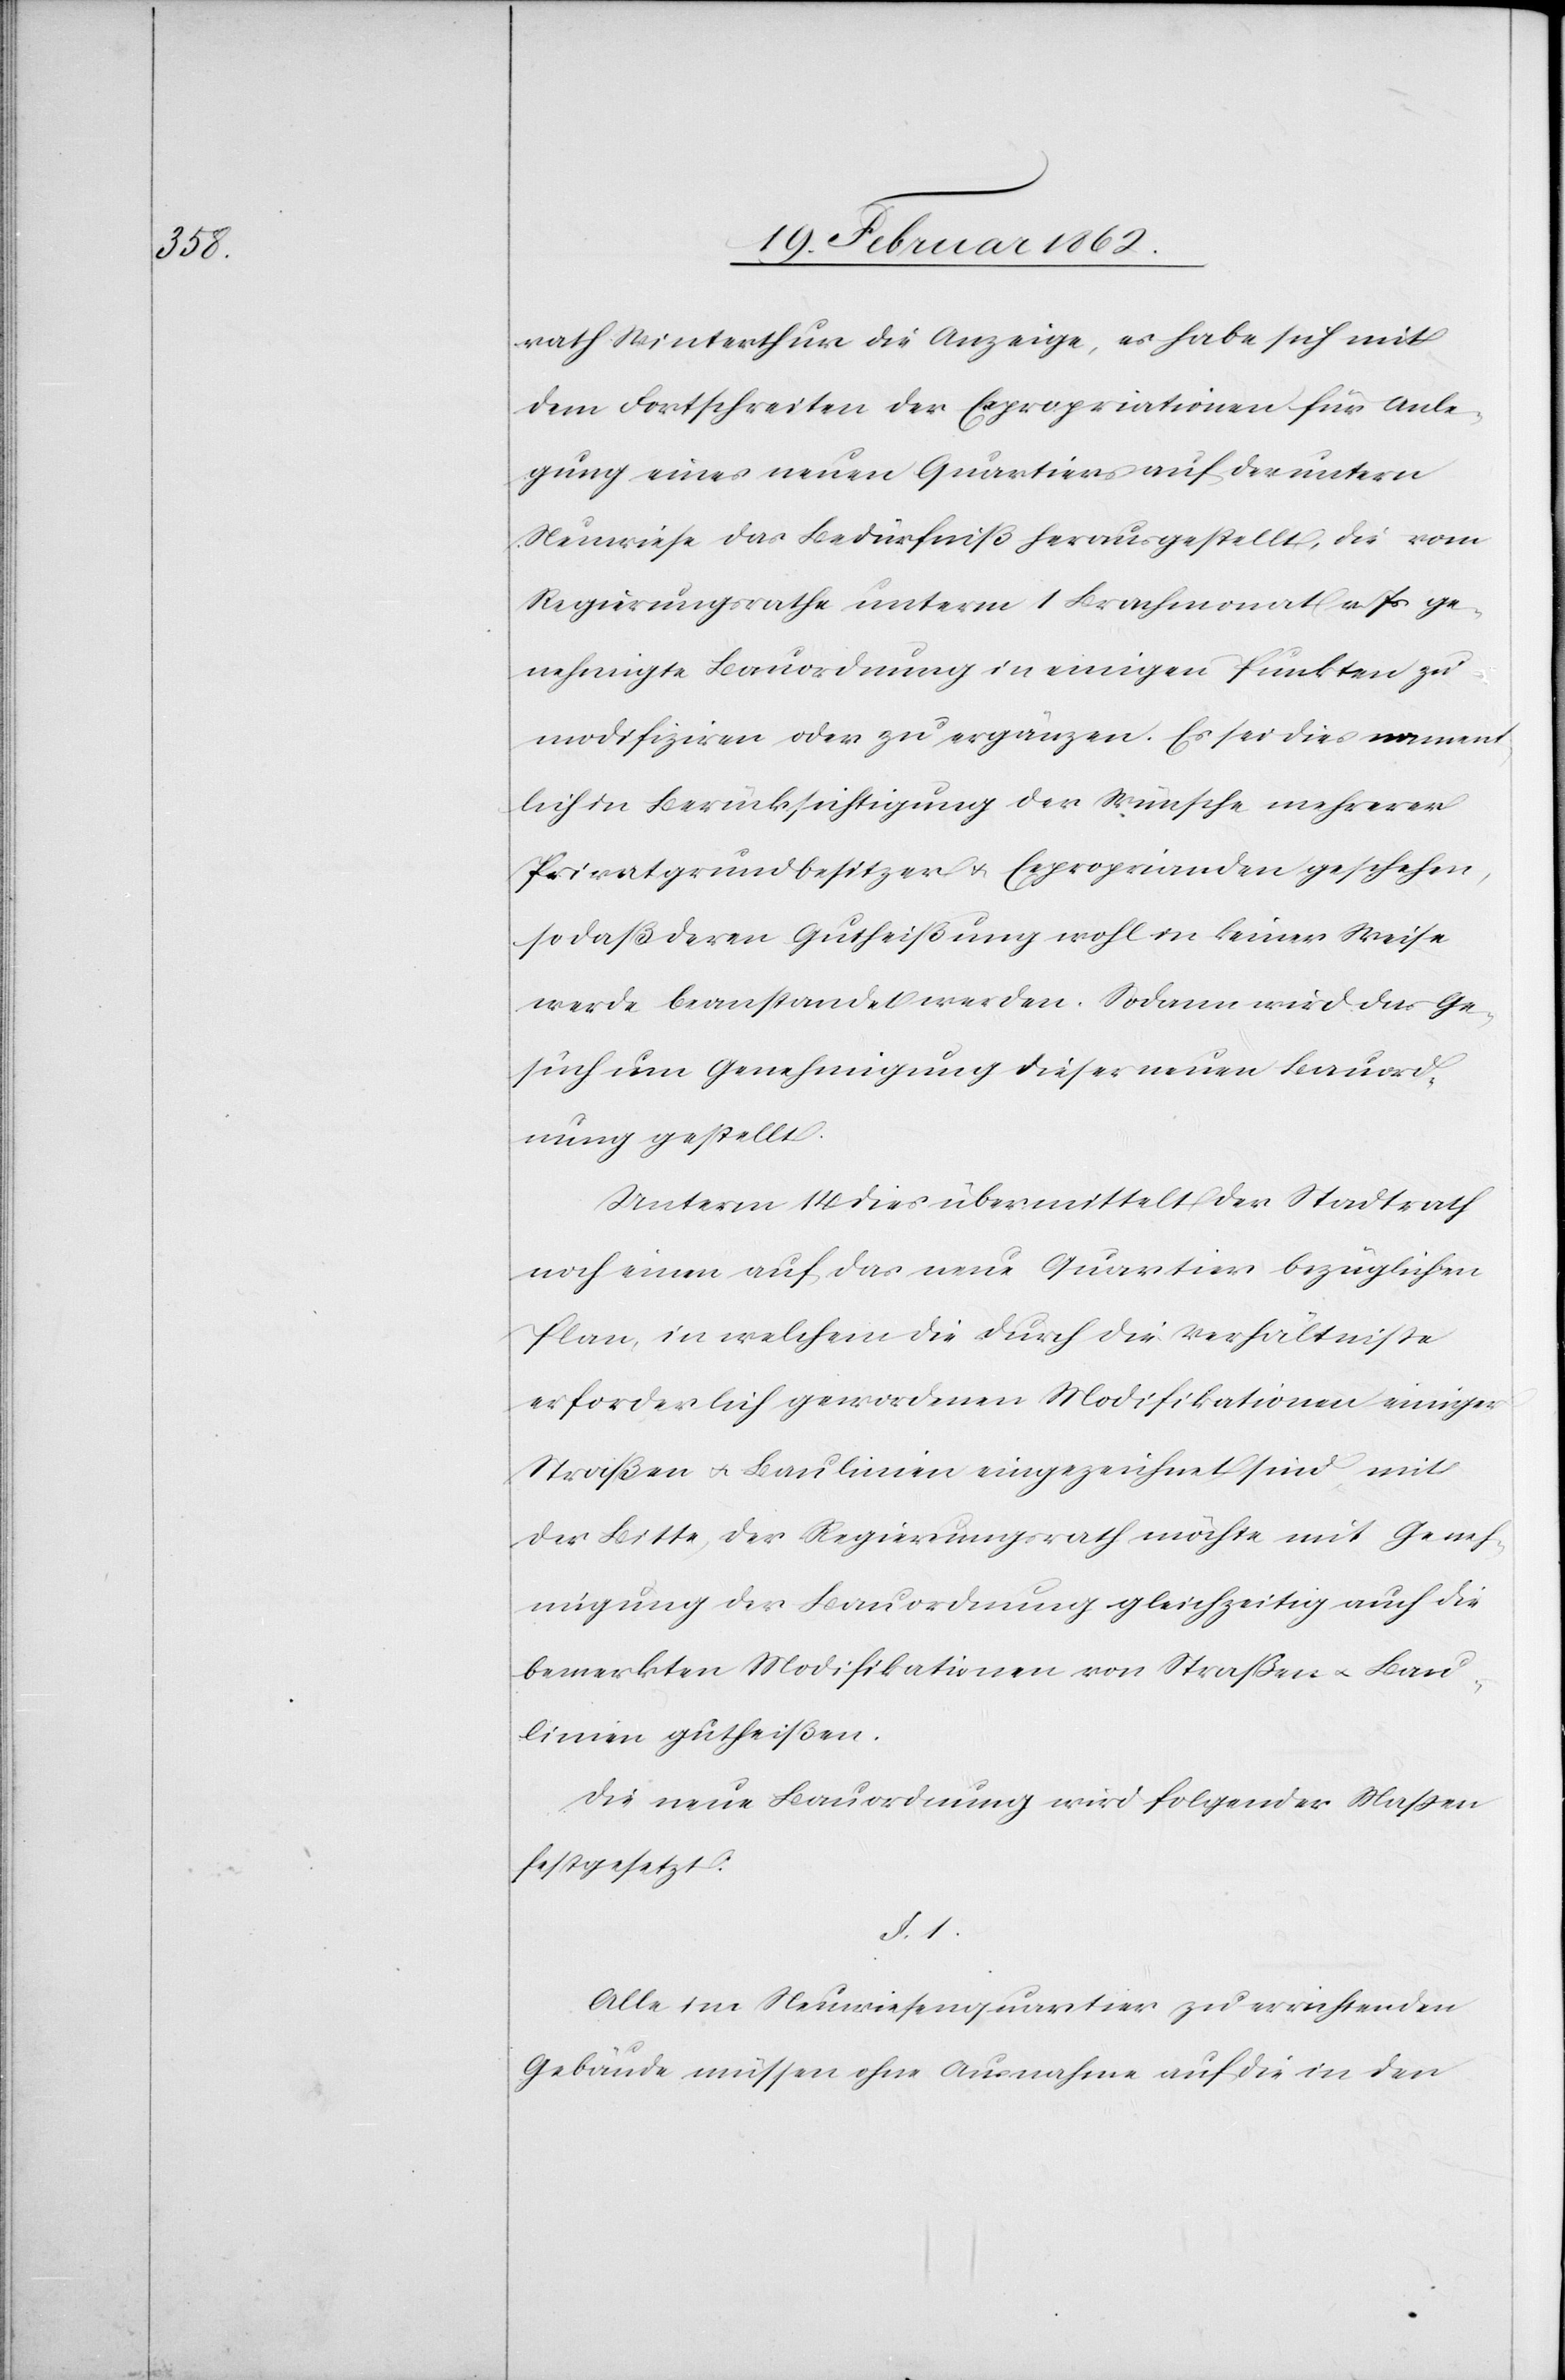
rath Winterthur die Anzeige, es habe sich mit
dem Fortschreiten der Expropriationen für Anle¬
gung eines neuen Quartiers auf der untern
Neuwiese das Befürfniß herausgestellt, die vom
Regierungsrathe unterm 1 Brachmonat v Js ge¬
nehmigte Bauordnung in einigen Punkten zu
modifiziren oder zu ergänzen. Es sei dies nament¬
lich in Berücksichtigung der Wünsche mehrerer
Privatgrundbesitzer u. Exproprianden geschehen,
so daß deren Gutheißung wohl in keiner Weise
werde beanstandet werden. Sodann wird das Ge¬
such um Genehmigung dieser neuen Bauord¬
nung gestellt.
Unterm 14 dies übermittelt der Stadtrath
noch einen auf das neue Quartier bezüglichen
Plan, in welchem die durch die Verhältniße
erforderlich gewordenen Modifikationen einiger
Straßen u. Baulinien eingezeichnet sind mit
der Bitte, der Regierungsrath möchte mit Geneh¬
migung der Bauordnung gleichzeitig auch die
bemerkten Modifikationen von Straßen u. Bau¬
linien gutheißen.
Die neue Bauordnung wird folgender Maßen
festgesetzt:
§. 1.
Alle im Neuwiesenquartier zu errichtenden
Gebäude müssen ohne Ausnahme auf die in den